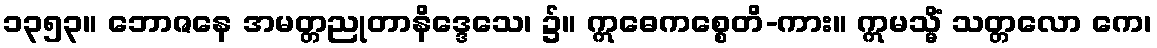
၁၃၅၃။ ဘောဇနေ အမတ္တညုတာနိဒ္ဒေသေ၊ ၌။ ဣဓေကစ္စေတိ-ကား။ ဣမသ္မိံ သတ္တလော ကေ၊